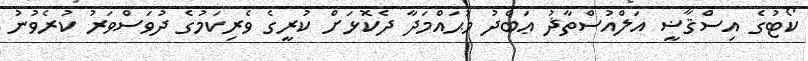
ކޯޓުގެ އިސްޤާޟީ އަލްއުސްތާޛު ޢަބްދު މުޙައްމަދާ ދެކޮޅަށް ކުރީގެ ވެރިކަމުގެ ދުވަސްވަރު ކުރެވުނު